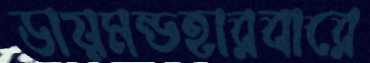
ডায়মন্ডহারবারে